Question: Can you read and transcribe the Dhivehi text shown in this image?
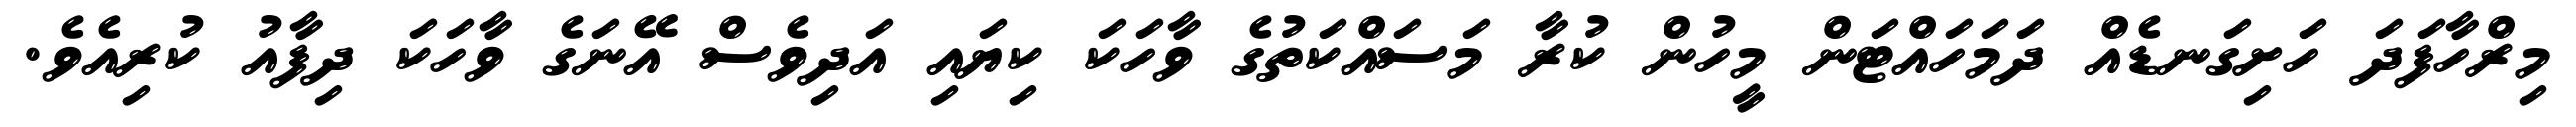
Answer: މިރްހާފަދަ ހަށިގަނޑެއް ދަމަހައްޓަން މީހުން ކުރާ މަސައްކަތުގެ ވާހަކަ ކިޔައި އަދިވެސް އޭނަގެ ވާހަކަ ދިފާއު ކުރިއެވެ.